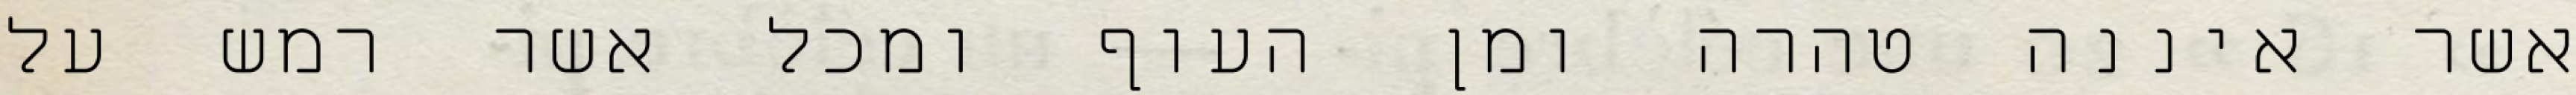
אשר איננה טהרה ומן העוף ומכל אשר רמש על